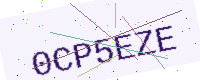
Text: 0CP5EZE